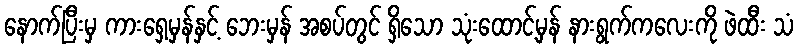
နောက်ပြီးမှ ကားရှေ့မှန်နှင့် ဘေးမှန် အစပ်တွင် ရှိသော သုံးထောင့်မှန် နားရွက်ကလေးကို ဖဲထီး သံ